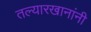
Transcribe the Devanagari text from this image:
तल्यारखानांनी